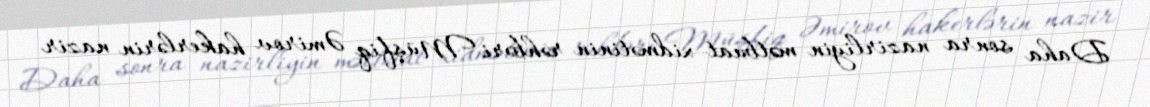
Daha sonra nazirliyin mətbuat xidmətinin rəhbəri Müşfiq Əmirov hakerlərin nazir